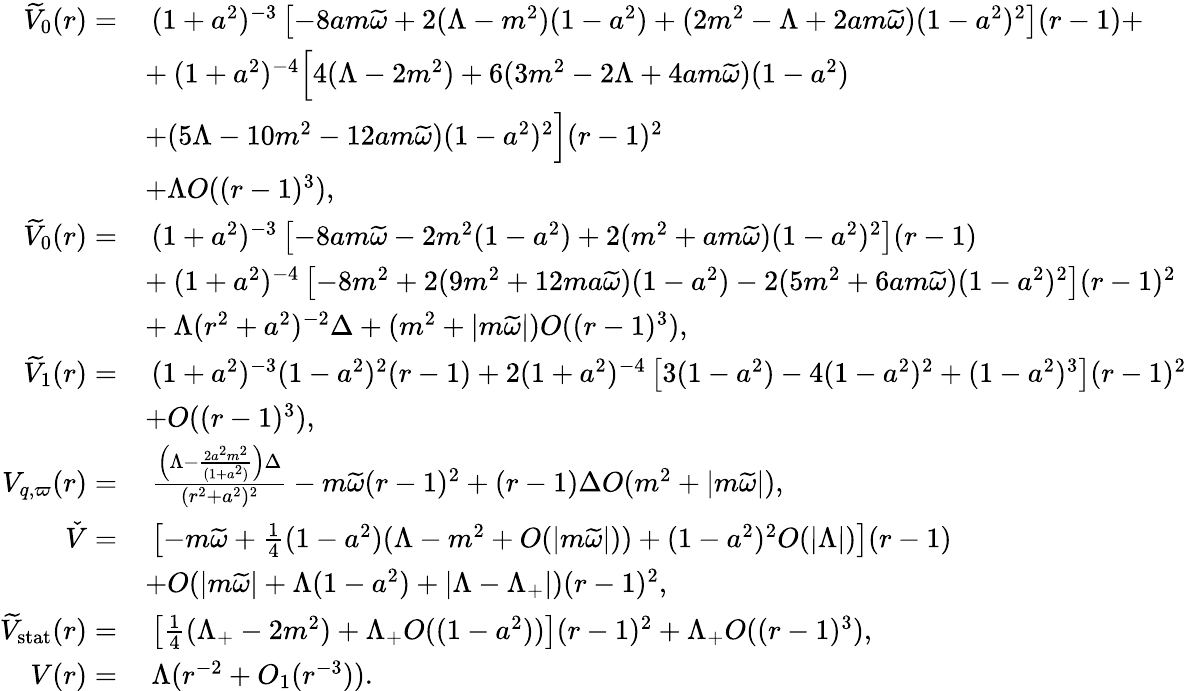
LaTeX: \begin{array}{rl}{\widetilde{V}_{0}(r)=}&{\: (1+a^{2})^{-3}\left[-8am\widetilde{\omega}+2(\Lambda-m^{2})(1-a^{2})+(2m^{2}-\Lambda+2am\widetilde{\omega})(1-a^{2})^{2}\right](r-1)+}\\ &{+\: (1+a^{2})^{-4}\Big[4(\Lambda-2m^{2})+6(3m^{2}-2\Lambda+4am\widetilde{\omega})(1-a^{2})}\\ &{+(5\Lambda-10m^{2}-12am\widetilde{\omega})(1-a^{2})^{2}\Big](r-1)^{2}}\\ &{+\Lambda O((r-1)^{3}),}\\ {\widetilde{V}_{0}(r)=}&{\: (1+a^{2})^{-3}\left[-8am\widetilde{\omega}-2m^{2}(1-a^{2})+2(m^{2}+am\widetilde{\omega})(1-a^{2})^{2}\right](r-1)}\\ &{+\: (1+a^{2})^{-4}\left[-8m^{2}+2(9m^{2}+12ma\widetilde{\omega})(1-a^{2})-2(5m^{2}+6am\widetilde{\omega})(1-a^{2})^{2}\right](r-1)^{2}}\\ &{+\: \Lambda(r^{2}+a^{2})^{-2}\Delta+(m^{2}+|m\widetilde{\omega}|)O((r-1)^{3}),}\\ {\widetilde{V}_{1}(r)=}&{\: (1+a^{2})^{-3}(1-a^{2})^{2}(r-1)+2(1+a^{2})^{-4}\left[3(1-a^{2})-4(1-a^{2})^{2}+(1-a^{2})^{3}\right](r-1)^{2}}\\ &{+O((r-1)^{3}),}\\ {V_{q,\varpi}(r)=}&{\: \frac{\left(\Lambda-\frac{2a^{2}m^{2}}{(1+a^{2})}\right)\Delta}{(r^{2}+a^{2})^{2}}-m\widetilde{\omega}(r-1)^{2}+(r-1)\Delta O(m^{2}+|m\widetilde{\omega}|),}\\ {\check{V}=}&{\: \left[-m\widetilde{\omega}+\frac{1}{4}(1-a^{2})(\Lambda-m^{2}+O(|m\widetilde{\omega}|))+(1-a^{2})^{2}O(|\Lambda|)\right](r-1)}\\ &{+O(|m\widetilde{\omega}|+\Lambda(1-a^{2})+|\Lambda-\Lambda_{+}|)(r-1)^{2},}\\ {\widetilde{V}_{\mathrm{stat}}(r)=}&{\: \left[\frac{1}{4}(\Lambda_{+}-2m^{2})+\Lambda_{+}O((1-a^{2}))\right](r-1)^{2}+\Lambda_{+}O((r-1)^{3}),}\\ {V(r)=}&{\: \Lambda(r^{-2}+O_{1}(r^{-3})).}\end{array}